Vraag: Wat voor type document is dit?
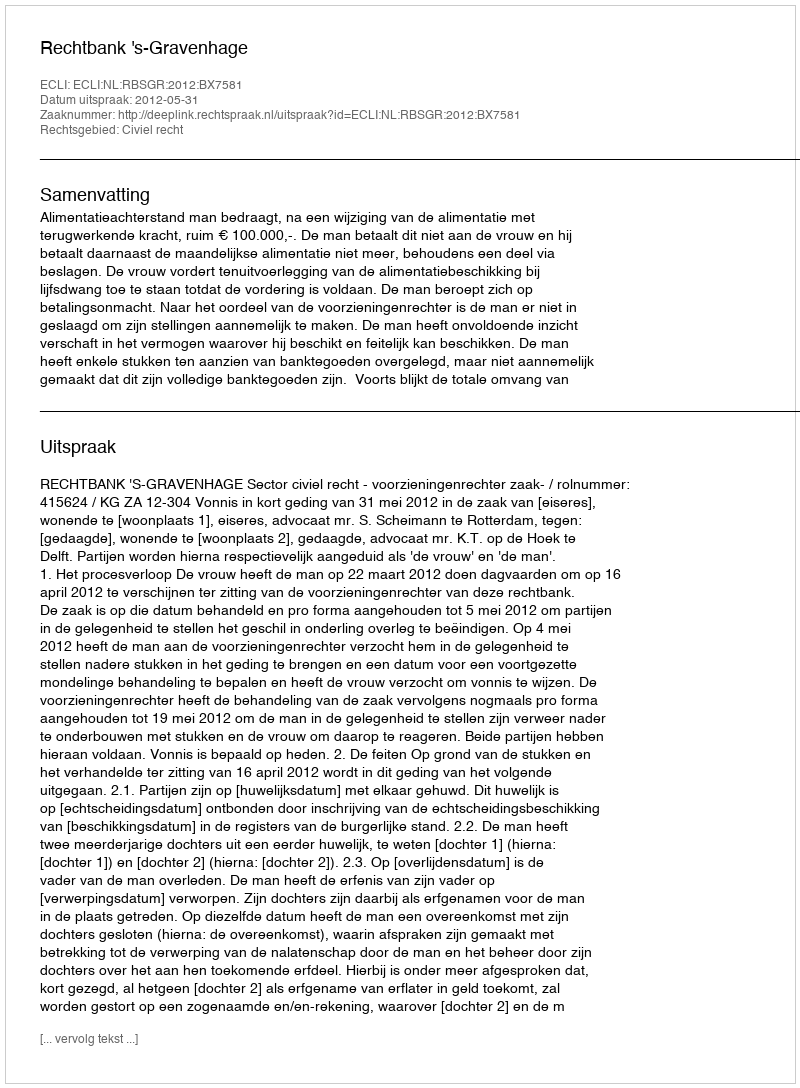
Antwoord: Uitspraak